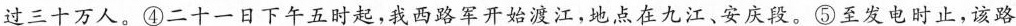
过三十万人。④二十一日下午五时起，我西路军开始渡江，地点在九江、安庆段。⑤至发电时止，该路